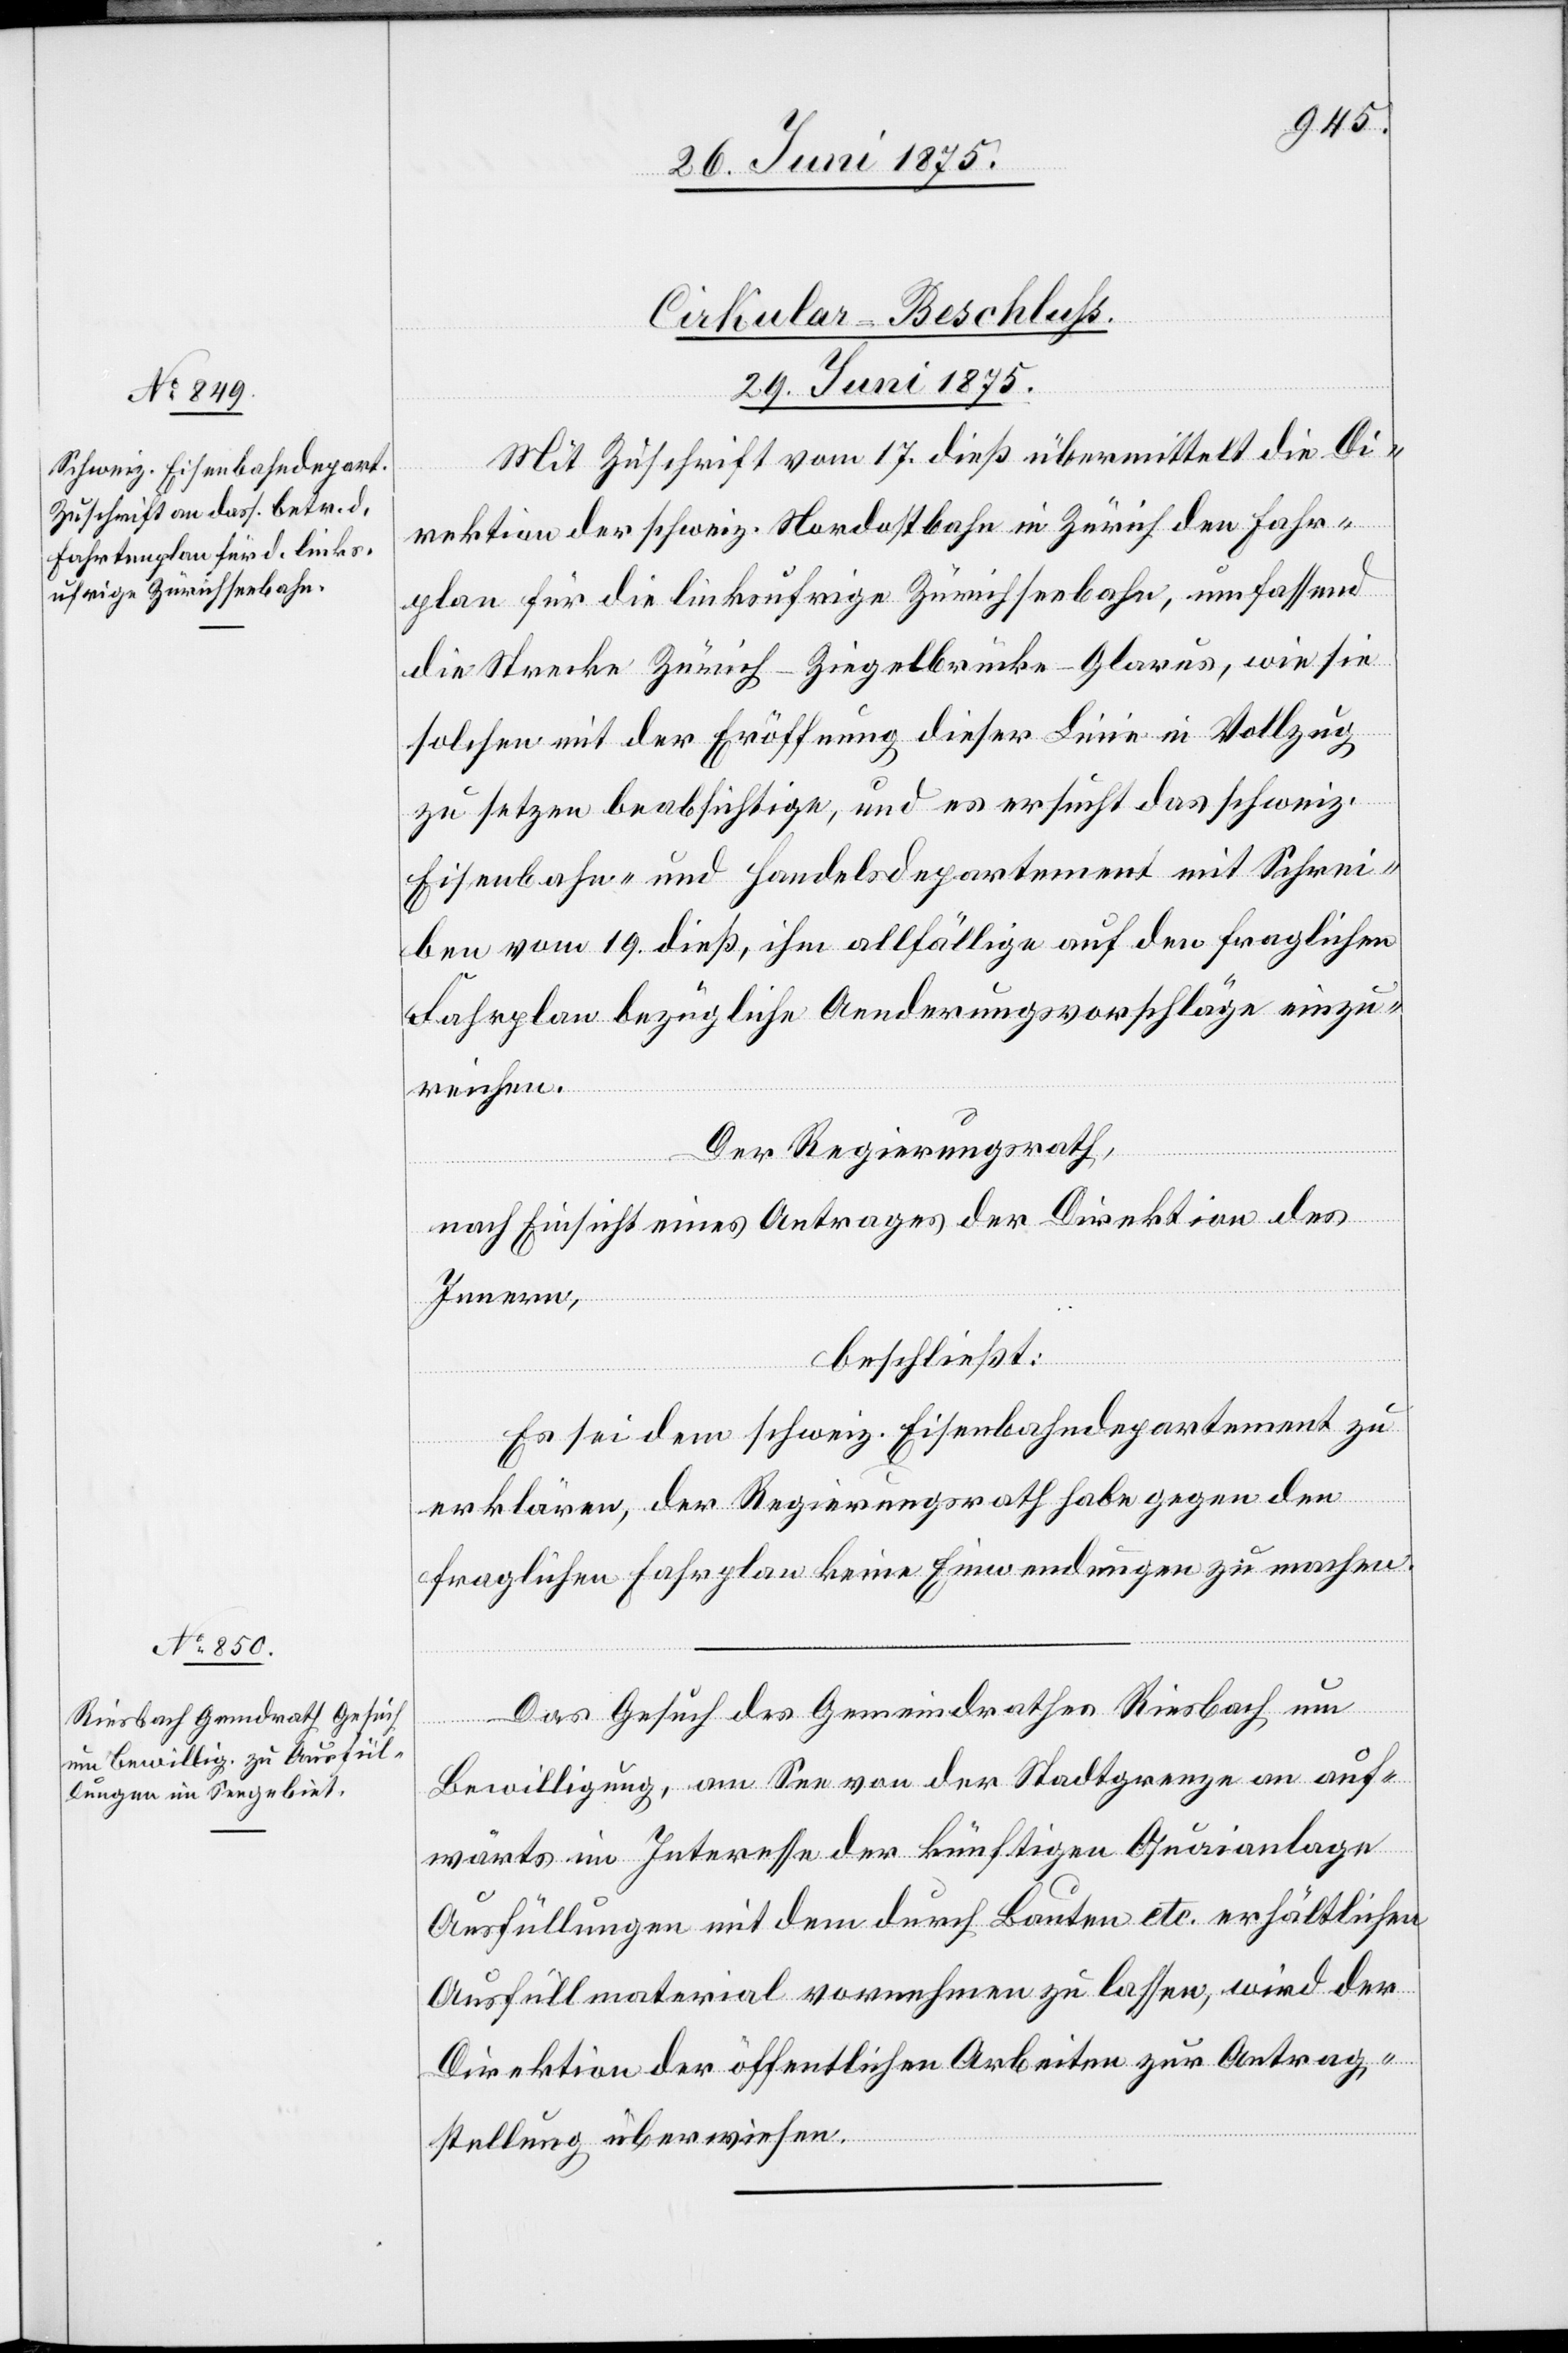
Cirkular-Beschluß.
29. Juni 1875.]
Mit Zuschrift vom 17. dieß übermittelt die Di¬
rektion der schweiz. Nordostbahn in Zürich den Fahr¬
plan für die linksufrige Zürichseebahn, umfassend
die Strecke Zürich–Ziegelbrücke–Glarus, wie sie
solchen mit der Eröffnung dieser Linie in Vollzug
zu setzen beabsichtige, und es ersucht das schweiz.
Eisenbahn- und Handelsdepartement mit Schrei¬
ben vom 19. dieß, ihm allfällige auf den fraglichen
Fahrplan bezügliche Aenderungsvorschläge einzu¬
reichen.
Der Regierungsrath,
nach Einsicht eines Antrages der Direktion des
Innern,
beschließt:
Es sei dem schweiz. Eisenbahndepartement zu
erklären, der Regierungsrath habe gegen den
fraglichen Fahrplan keine Einwendungen zu machen.
Das Gesuch des Gemeindrathes Riesbach um
Bewilligung, am See von der Stadtgrenze an auf¬
wärts im Interesse der künftigen Quaianlage
Ausfüllungen mit dem durch Bauten etc. erhältlichen
Ausfüllungsmaterial vornehmen zu lassen, wird der
Direktion der öffentlichen Arbeiten zur Antrag¬
stellung überwiesen